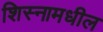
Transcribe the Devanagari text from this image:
शिस्नामधील